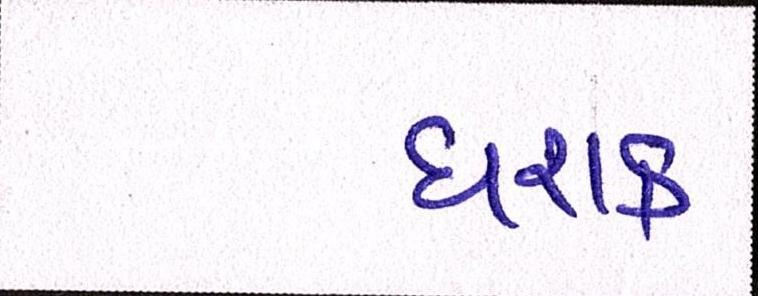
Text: ઘરાક